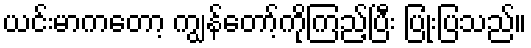
ယင်းမာကတော့ ကျွန်တော့်ကိုကြည့်ပြီး ပြုံးပြသည်။